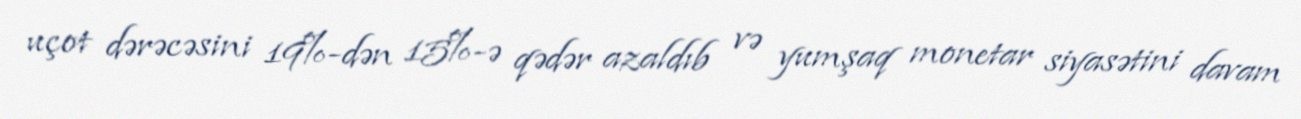
uçot dərəcəsini 19%-dən 15%-ə qədər azaldıb və yumşaq monetar siyasətini davam